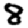
Digit: 8